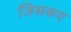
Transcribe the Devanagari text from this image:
जिसकए